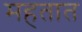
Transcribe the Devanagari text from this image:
महतात